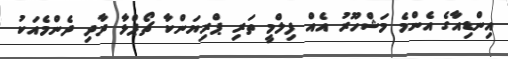
އިންޑިއާގެ އެންމެ މަޝްހޫރު އެއް ފިލްމީ ތަރި ޕްރިޔަންކާ ޗޯޕްޅާ ދާދި ދެންމެއަކު